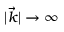
| \vec { k } | \to \infty